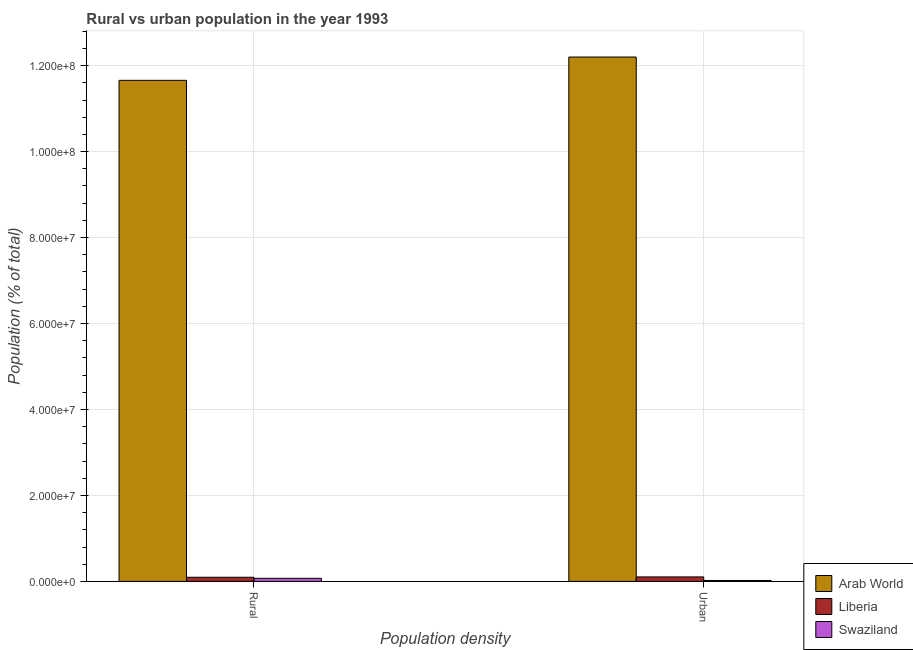
| Population density | Arab World | Liberia | Swaziland |
 | --- | --- | --- | --- |
 | Rural | 1.17e+08 | 9.63e+05 | 7.13e+05 |
 | Urban | 1.22e+08 | 1.04e+06 | 2.13e+05 |